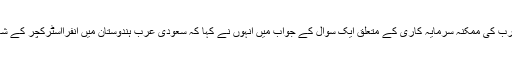
ہندوستان میں اسمارٹ سٹی پروجیکٹوں میں سعودی عرب کی ممکنہ سرمایہ کاری کے متعلق ایک سوال کے جواب میں انہوں نے کہا کہ سعودی عرب ہندوستان میں انفرااسٹرکچر کے شعبے میں بھی سرمایہ کاری کرنے کا خواہش مند ہے۔